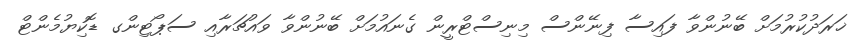
ޚަރަދުކުރުމަށް ބޭނުންވާ ފައިސާ ފިނޭންސް މިނިސްޓްރީން ގެނައުމަށް ބޭނުންވާ ވައުޗަރާއި ސަޕޯޓިންގ ޑޮކިޔުމެންޓް